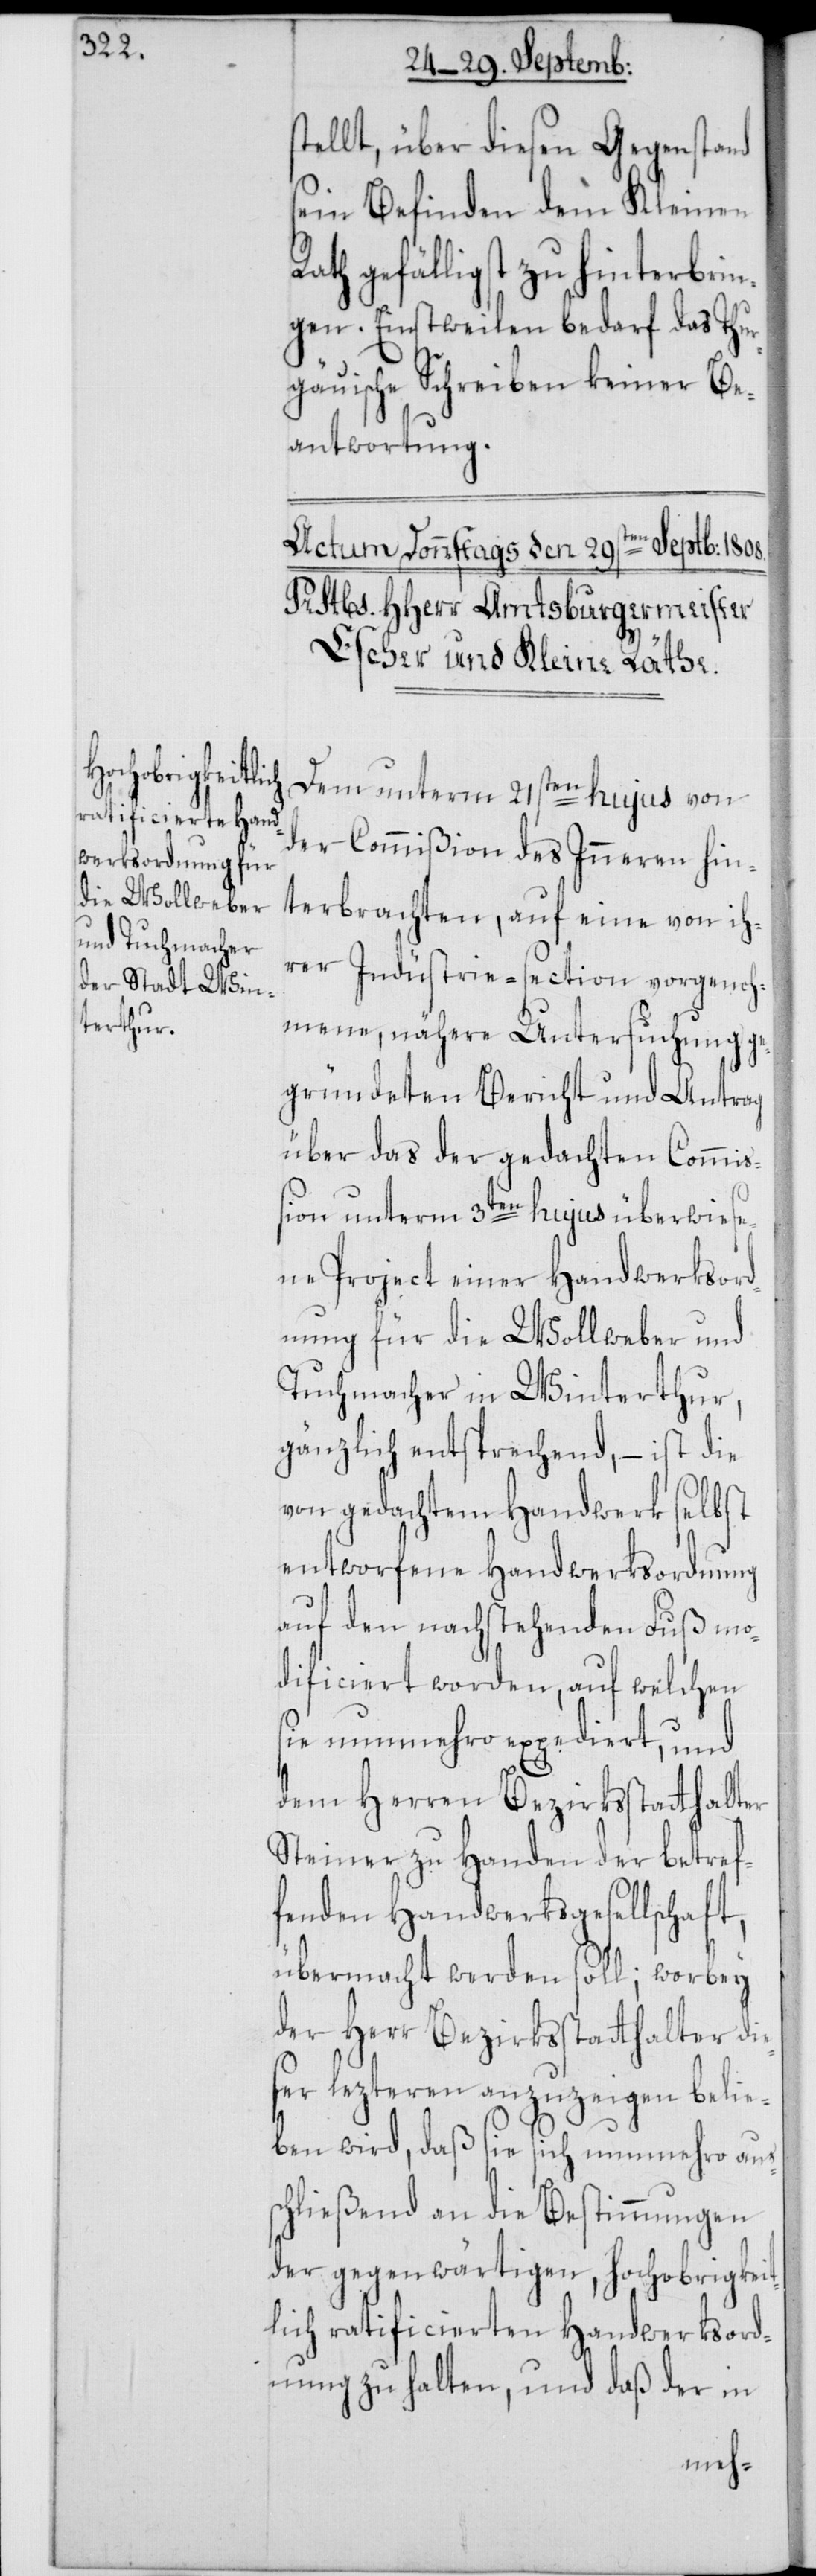
ellt, über diesen Gegenstand
sein Befinden dem kleinen
ath gefälligst zu hinterbrin¬
gen. Einstweilen bedarf das Thur¬
gäuische Schreiben keiner Be¬
antwortung.
Dem unterm 21sten hujus von
der Commißion des Inneren hin¬
terbrachten, auf eine von ih¬
rer Indüstrie-section vorgenoh¬
mene, nähere Untersuchung ge¬
gründeten Bericht und Antrag
über das der gedachten Commiß¬
ion unterm 3ten hujus überwiese¬
ne Project einer Handwerksord¬
nung für die Wollweber und
Tuchmacher in Winterthur,
gänzlich entsprechend, – ist die
von gedachtem Handwerk selbst
entworfene Handwerksordnung
auf den nachstehenden Fuß mo¬
dificiert worden, auf welchen
sie nunmehro expediert, und
dem Herren Bezirksstatthalter
Steiner zu Handen der betref¬
fenden Handwerksgesellschaft,
übermacht werden soll; worbey
der Herr Bezirksstatthalter di¬
eser lezteren anzuzeigen belie¬
ben wird, daß sie sich nunmehro aus¬
schließend an die Bestimmungen
der gegenwärtigen, hochobrigkeit¬
lich ratificierten Handwerksord¬
nung zu halten, und daß der in
R¬